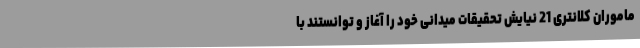
ماموران کلانتری 21 نیایش تحقیقات میدانی خود را آغاز و توانستند با